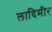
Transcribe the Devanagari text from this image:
लादिमीर